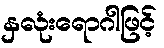
နှလုံးရောဂါဖြင့်